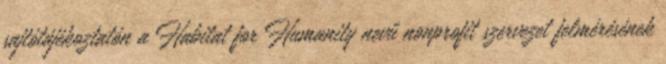
sajtótájékoztatón a Habitat for Humanity nevű nonprofit szervezet felmérésének